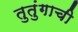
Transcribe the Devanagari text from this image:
तुतुंगाची